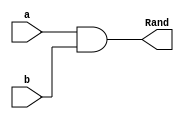
`timescale 1ns / 1ps
//////////////////////////////////////////////////////////////////////////////////
///32
// 
// alu_and: 32 bit 
// alu_or: 32 bit 
//////////////////////////////////////////////////////////////////////////////////


module alu_and(

input [31:0] a,b,
output[31:0] Rand

    );

assign Rand = a & b;
    
endmodule

module alu_or(

input [31:0] a,b,
output[31:0] Ror

    );

assign Ror = a | b;
    
endmodule